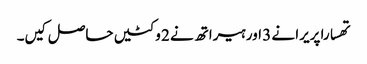
تھسارا پریرا نے 3 اور ہیراتھ نے 2 وکٹیں حاصل کیں۔